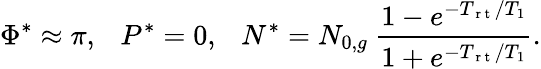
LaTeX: \Phi^{*}\approx\pi,\ \ \ P^{*}=0,\ \ \ N^{*}=N_{0,g}\ \frac{1-e^{-T_{\mathrm{~r~t~}}/T_{1}}}{1+e^{-T_{\mathrm{~r~t~}}/T_{1}}}.